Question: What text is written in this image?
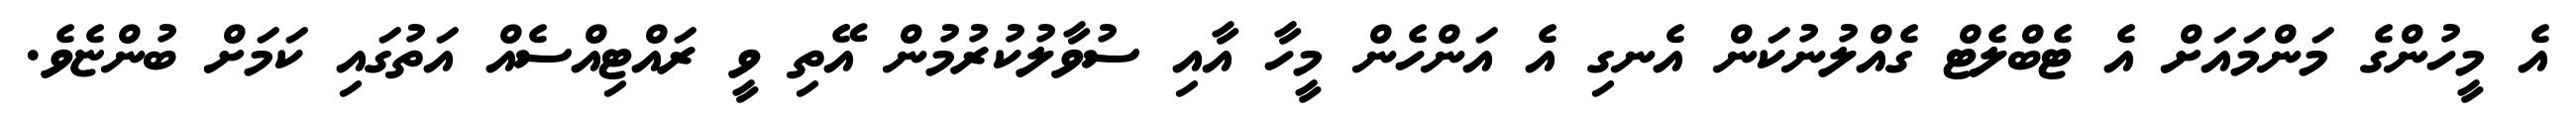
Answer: އެ މީހުންގެ މަންމައަށް އެ ޓެބްލެޓް ގެއްލުނުކަން އެނގި އެ އަންހެން މީހާ އާއި ސުވާލުކުރުމުން އޭތި ވީ ރައްޓިއްސެއް އަތުގައި ކަމަށް ބުންޏެވެ.